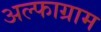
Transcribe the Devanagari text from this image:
अल्फाग्राम